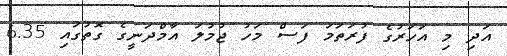
އަދި މި އަހަރުގެ ފުރަތަމަ ފަސް މަހު ޖުމުލަ އާމްދަނީގެ ގޮތުގައި 6.35